system: You are a helpful assistant.
user:
Analyze the provided spectrum to determine if it is a **S-type Star**.

- **Key Indicators for S-type Star:**

    - **(Overall Spectrum Shape):** The first and most obvious characteristic is the overall continuum (the "baseline" shape). It is **extremely "red-sloping,"** meaning the flux (light intensity) is very low on the left side (blue, ~4000-4500 Å) and rises steeply and continuously toward the right side (red, ~7000 Å+).

    - **(Primary):** The spectrum is defined by the presence of strong, broad molecular absorption "valleys" (bands) from **Zirconium Oxide (ZrO)**. The identification of these bands is the **primary requirement** for classifying a star as S-type.
        - **(Key Bandheads):** You must find distinct, deep "dips" where the light has been absorbed. The most critical band systems to locate are:
            - **~6474 Å** ($\gamma$-system): This is often the strongest and clearest ZrO feature, found in the red part of the spectrum.
            - **~5718 Å** & **~5551 Å** ($\beta$-system): A pair of prominent absorption features in the yellow-orange part of the spectrum.
            - **~4640 Å** ($\alpha$-system): A key absorption band system in the blue-green region of the spectrum.

    - **(Secondary Confirmation):** The classification is strengthened by finding additional absorption bands from other related heavy element oxides, which are expected to be present alongside ZrO.
        - **(Key Bandheads):**
            - **Yttrium Oxide (YO):** Look for absorption dips near **~4800 Å** and **~6100 Å**.
            - **Lanthanum Oxide (LaO):** Additional absorption features, particularly in the red-orange part of the spectrum, are also characteristic.

    - **(Line Profile):** The combination of the steep red continuum and these numerous, deep molecular bands (ZrO, YO, etc.) gives the entire spectrum a very **"chopped-up"** or **"bumpy"** appearance. Instead of a smooth curve, the spectrum looks as though large, wide chunks of light have been "carved out" of it at the specific wavelengths listed above.

Think first, call **spectral_visualization_tool** if needed to examine features in detail, then provide your final answer. Your response must adhere to the following strict rules:
1.  **Overall Structure:** Your response must follow the format `<think>...</think> <tool_call>...</tool_call> (if a tool is used) <answer>...</answer>`.
2.  **Tool Usage Constraint:** You may only make **one** tool call per turn.
3.  **Final Answer Format:** In the `<answer>` tag, your conclusion must be inside a `\boxed{}` command (e.g., `\boxed{YES}` or `\boxed{NO}`), followed by your justification.

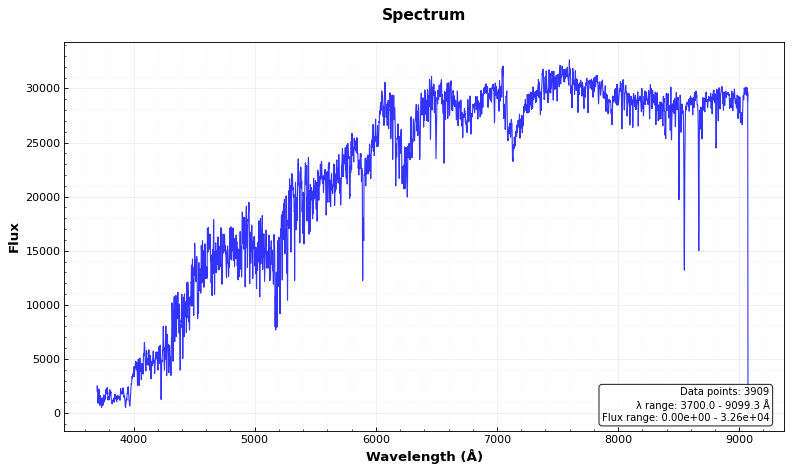
Answer: NO